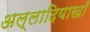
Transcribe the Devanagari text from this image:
अल्लादियाखाँ